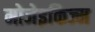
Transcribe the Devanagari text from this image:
मोजेइकिज्म